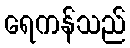
ရေကန်သည်